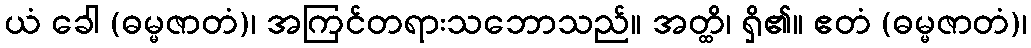
ယံ ခေါ (ဓမ္မဇာတံ)၊ အကြင်တရားသဘောသည်။ အတ္ထိ၊ ရှိ၏။ ဧတံ (ဓမ္မဇာတံ)၊